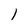
Character: l